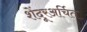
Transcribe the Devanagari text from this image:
शेंदूरअर्चित